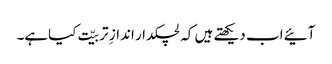
آئیے اب دیکھتے ہیں کہ لچکدار اندازِ تربیّت کیاہے۔